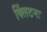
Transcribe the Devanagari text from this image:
क्लिंटनः